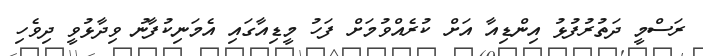
ރަސްމީ ދަތުރުފުޅު އިންޑިއާ އަށް ކުރެއްވުމަށް ފަހު މީޑިއާގައި އެމަނިކުފާނު ވިދާޅުވީ ދިވެހި